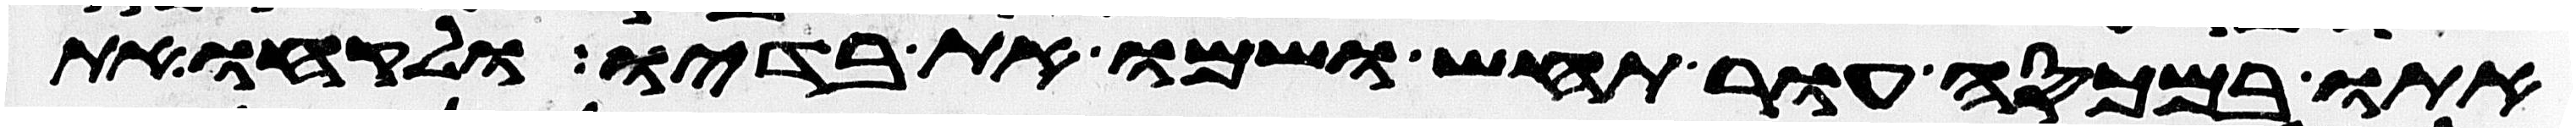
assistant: אתו במכסה עור תחש ושמו את בדיו ולקחו את